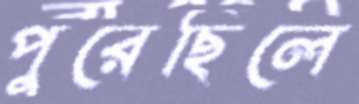
পুরেছিলে